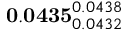
\mathbf { 0 . 0 4 3 5 } _ { 0 . 0 4 3 2 } ^ { 0 . 0 4 3 8 }